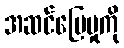
အဆင်ပြေမှုကို